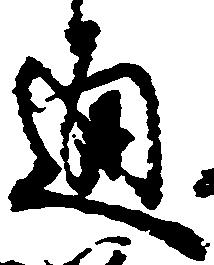
通